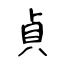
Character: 貞